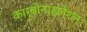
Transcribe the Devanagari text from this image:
कार्बोनाइलेशन